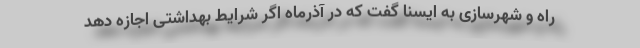
راه و شهرسازی به ایسنا گفت که در آذرماه اگر شرایط بهداشتی اجازه دهد